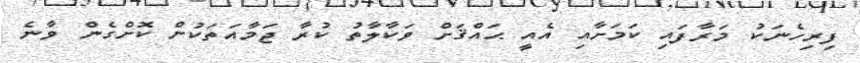
ފިރިހެނަކު މަރާފައި ކަމަށާއި އެއީ ޙައްޤަށް ވަކާލާތު ކުރާ ޖަމާއަތަކުން ކޮށްގެން ވާނެ